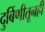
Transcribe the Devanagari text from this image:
दुर्बिणीतूनही